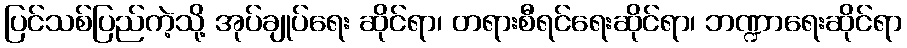
ပြင်သစ်ပြည်ကဲ့သို့ အုပ်ချုပ်ရေး ဆိုင်ရာ၊ တရားစီရင်ရေးဆိုင်ရာ၊ ဘဏ္ဍာရေးဆိုင်ရာ